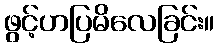
ဖွင့်ဟပြမိလေခြင်း။